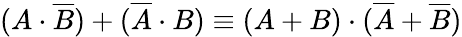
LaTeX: (A\cdot{\overline{{B}}})+({\overline{{A}}}\cdot B)\equiv(A+B)\cdot({\overline{{A}}}+{\overline{{B}}})